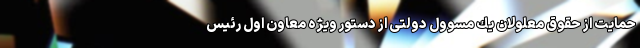
حمايت از حقوق معلولان يك مسوول دولتى از دستور ويژه معاون اول رئيس